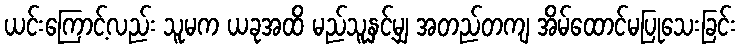
ယင်းကြောင့်လည်း သူမက ယခုအထိ မည်သူနှင့်မျှ အတည်တကျ အိမ်ထောင်မပြုသေးခြင်း